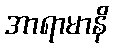
အာရာမာနိ